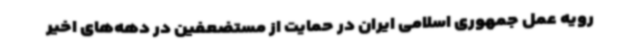
رویه عمل جمهوری اسلامی ایران در حمایت از مستضعفین در دهه‌های اخیر